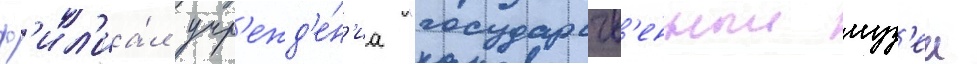
ф'ил'иа́л учр'ежд'е́н'иа "государств'енныи муз'еи